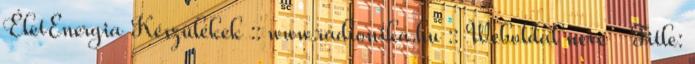
ÉletEnergia Készülékek :: www.radionika.hu :: Weboldal neve Title: